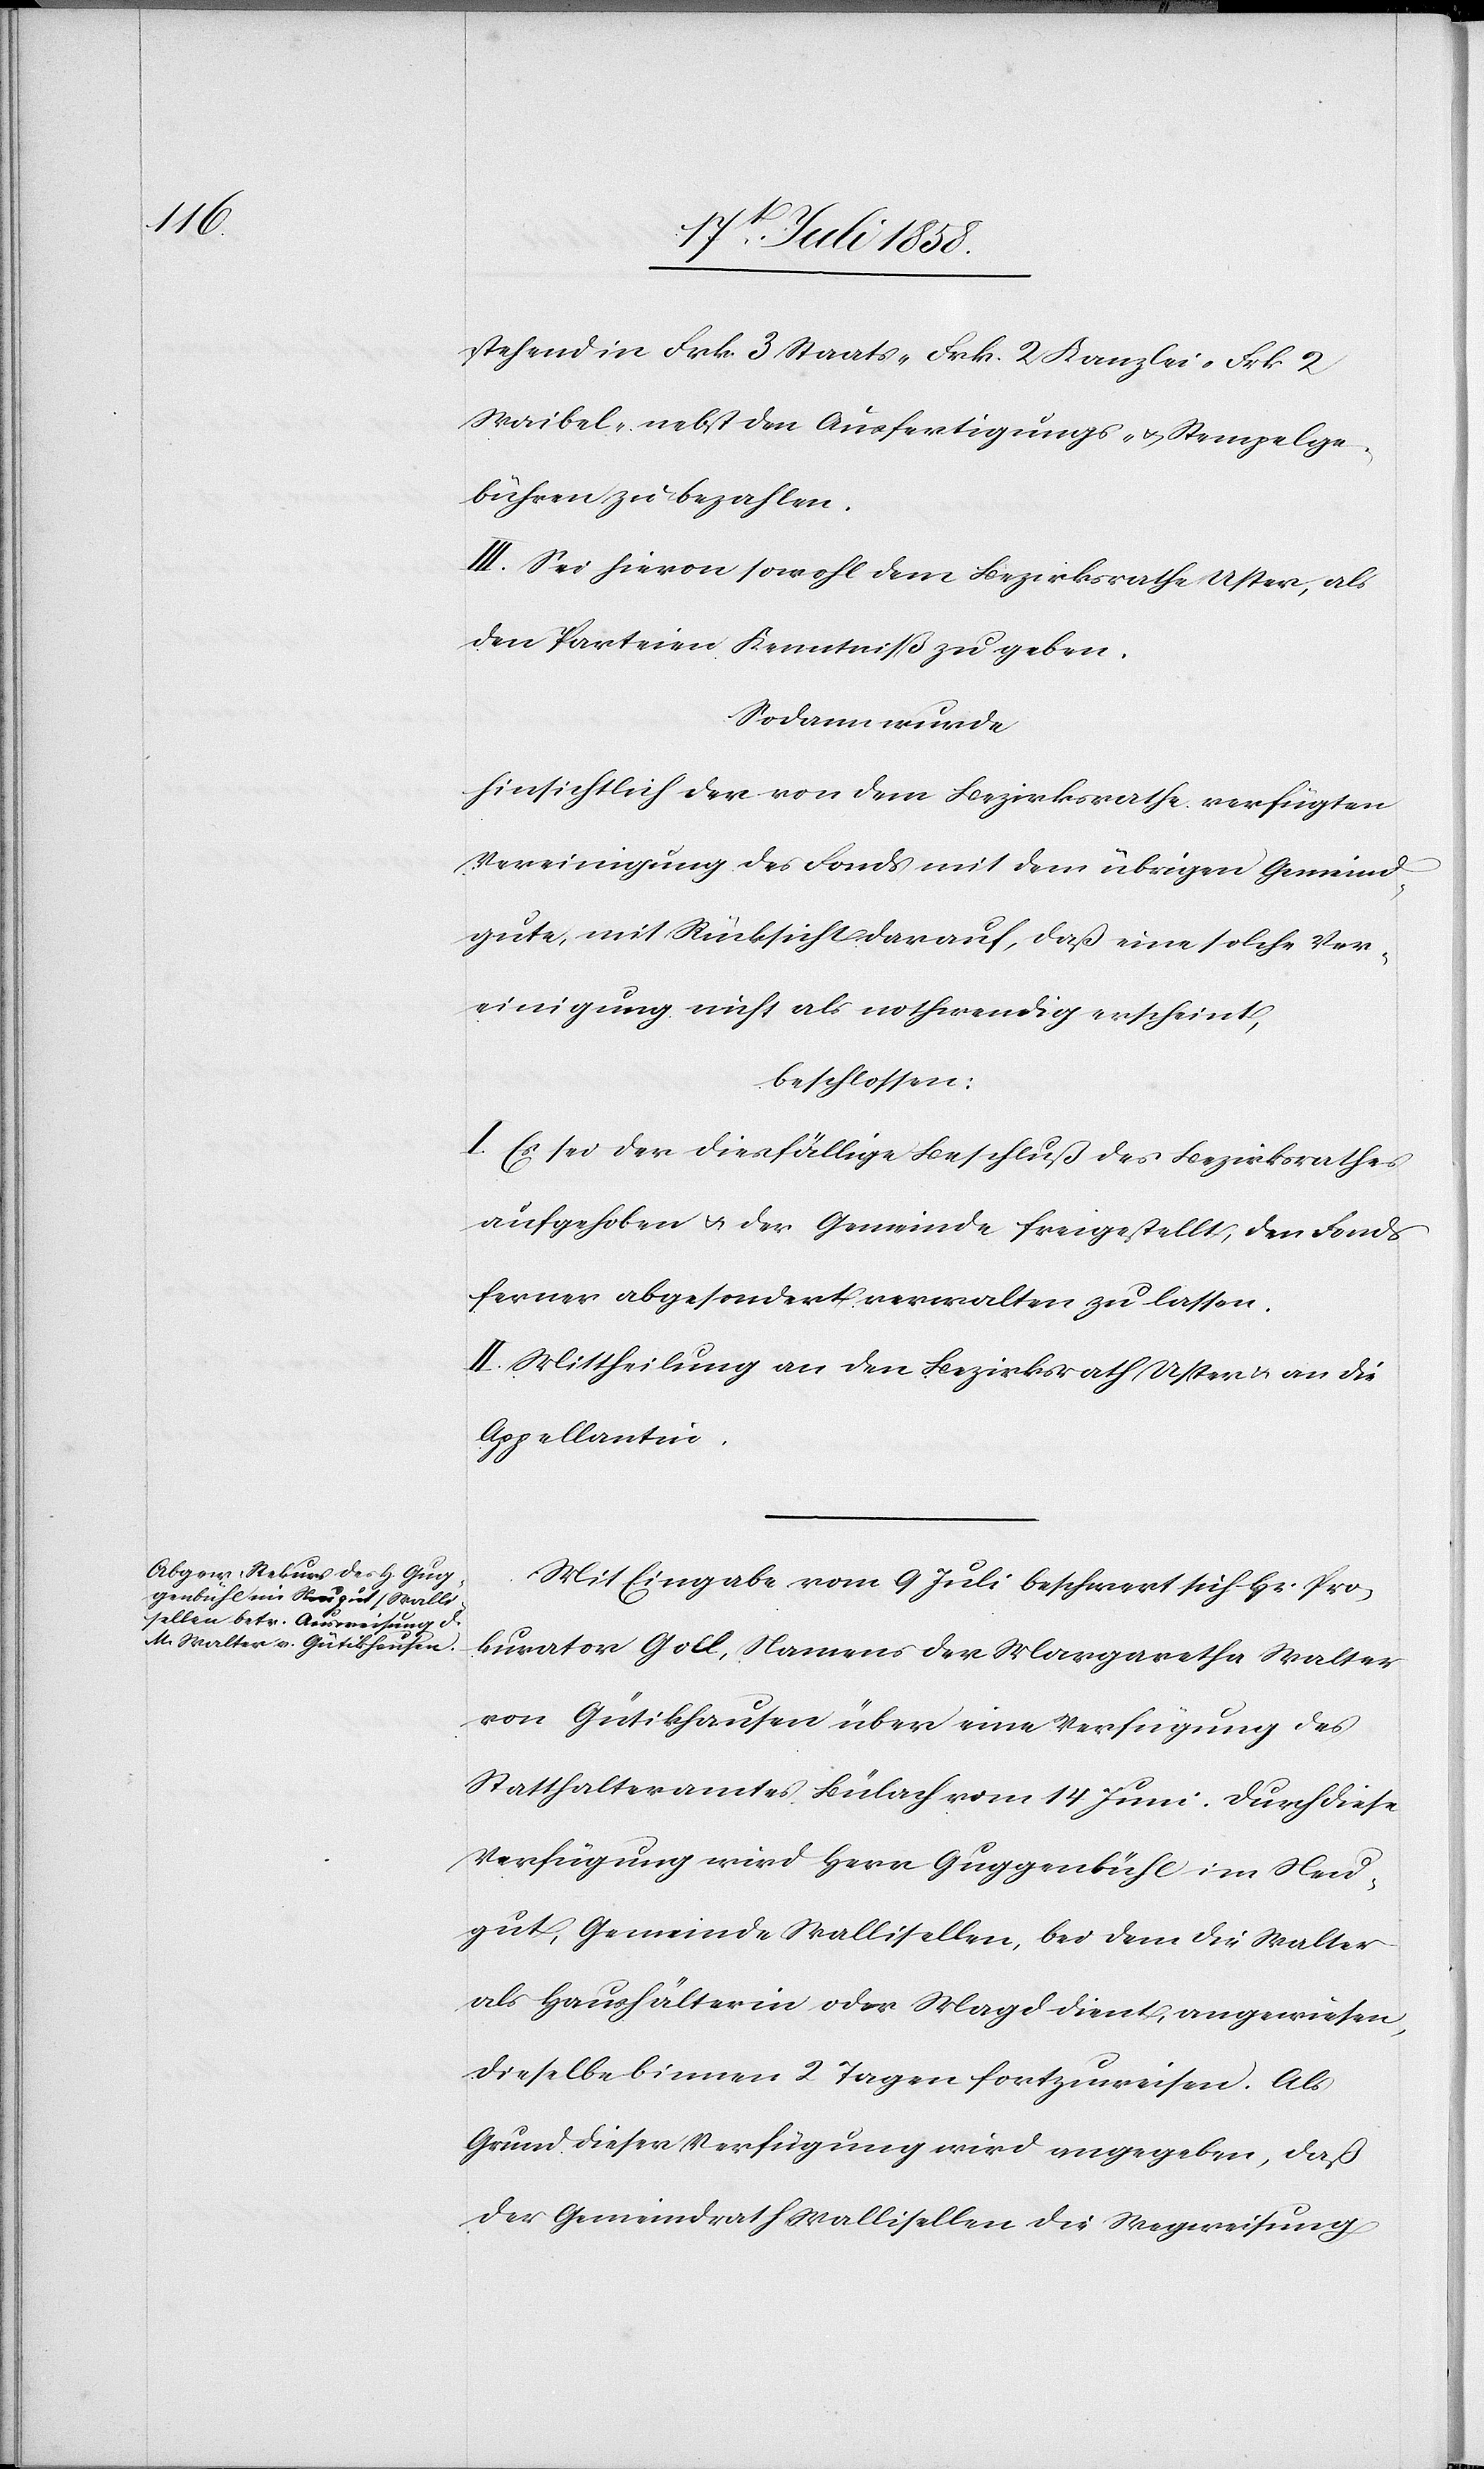
stehend in Frk. 3 Staats-[,] Frk. 2 Kanzlei-[,] Frk. 2
Waibel-[,] nebst den Ausfertigungs- & Stempelge¬
bühren zu bezahlen.
III. Sei hievon sowohl dem Bezirksrathe Uster, als
den Parteien Kenntniß zu geben.
Sodann wurde
hinsichtlich der von dem Bezirksrathe verfügten
Vereinigung des Fonds mit dem übrigen Gemeind¬
gute, mit Rücksicht darauf, daß eine solche Ver¬
einigung nicht als nothwendig erscheint,
beschlossen:
I. Es sei der diesfällige Beschluß des Bezirksrathes
aufgehoben & der Gemeinde freigestellt, den Fonds
ferner abgesondert verwalten zu lassen.
II. Mittheilung an den Bezirksrath Uster & an die
Appellantin.
Mit Eingabe vom 9 Juli beschwert sich Hr. Pro¬
kurator Goll, Namens der Margaretha Walter
von Gütikhausen über eine Verfügung des
Statthalteramtes Bülach vom 14 Juni. Durch diese
Verfügung wird Herr Guggenbühl im Neu¬
gut, Gemeinde Wallisellen, bei dem die Walter
als Haushälterin oder Magd dient, angewiesen,
dieselbe binnen 2 Tagen fortzuweisen. Als
Grund dieser Verfügung wird angegeben, daß
der Gemeindrath Wallisellen die Wegweisung